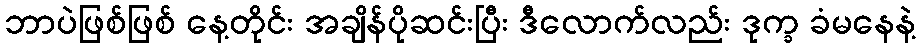
ဘာပဲဖြစ်ဖြစ် နေ့တိုင်း အချိန်ပိုဆင်းပြီး ဒီလောက်လည်း ဒုက္ခ ခံမနေနဲ့